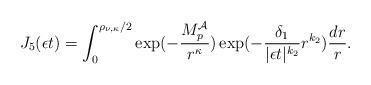
LaTeX: \begin{align*}J_{5}(\epsilon t) = \int_{0}^{\rho_{\nu,\kappa}/2}\exp( - \frac{M_{p}^{\mathcal{A}}}{r^{\kappa}} ) \exp( -\frac{\delta_{1}}{|\epsilon t|^{k_2}} r^{k_2} ) \frac{dr}{r}.\end{align*}